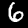
Digit: 6